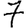
Digit: 7